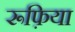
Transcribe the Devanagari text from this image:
रूफ़िया